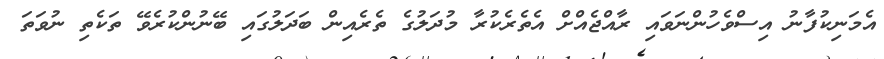
އެމަނިކުފާނު އިސްވެހުންނަވައި ރާއްޖެއްށް އެތެރެކުރާ މުދަލުގެ ތެރެއިން ބަދަލުގައި ބޭނުންކުރެވޭ ތަކެތި ނުވަތަ